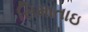
સિમાતાઇ